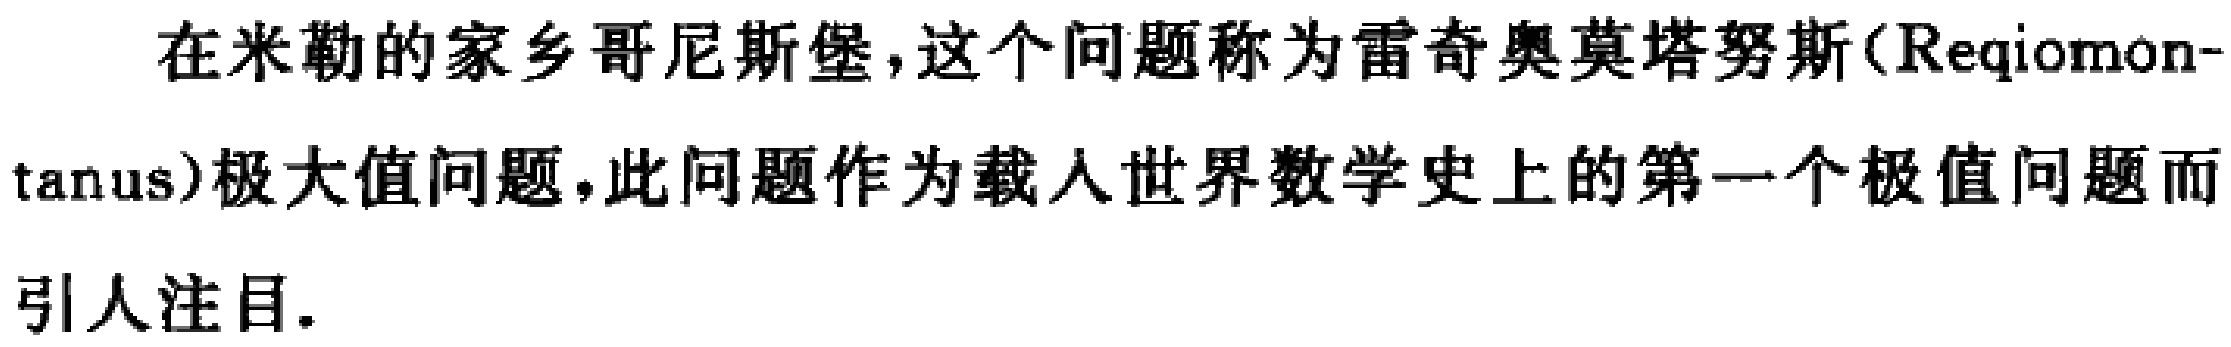
在米勒的家乡哥尼斯堡，这个问题称为雷奇奥莫塔努斯（Reqiomon-

tanus）极大值问题，此问题作为载入世界数学史上的第一个极值问题而

引人注目.